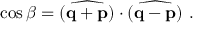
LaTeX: \cos \beta = \widehat { ( { \bf q } + { \bf p } ) } \cdot \widehat { ( { \bf q } - { \bf p } ) } \ .